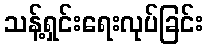
သန့်ရှင်းရေးလုပ်ခြင်း